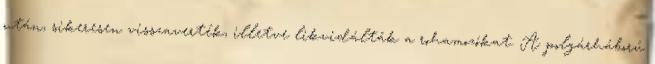
után, sikeresen visszaverték, illetve likvidálták a rohamozókat. A polgárháború